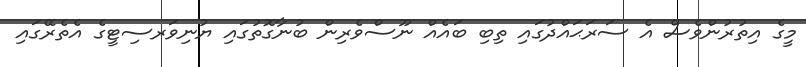
މީގެ އިތުރުންވެސް އެ ސަރަޙައްދުގައި ތިބި ބައެއް ނޫސްވެރިން ބުނާގޮތުގައި ޔުނިވަރސިޓީގެ އެތެރޭގައި